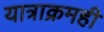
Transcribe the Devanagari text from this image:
यात्राक्रमही